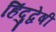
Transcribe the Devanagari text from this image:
हिंदुद्वेषी